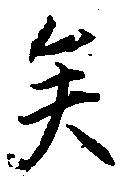
矣